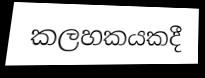
කලහකයකදී